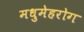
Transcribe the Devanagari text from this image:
मधुमेहरोग